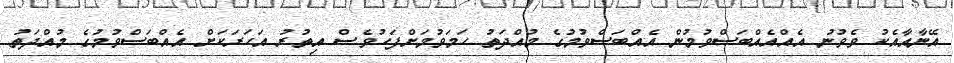
އޭނާއާއެކު ވެވުނު އެއްއެއްބަސްވުމުން އެއްބަސްވުމުގެ މުއްދަތު ހަމަވުމަށްފަހުވެސް އިތުރު އަހަރަކަށް އެއްބަސްވުމުގެ މުއްދަތު